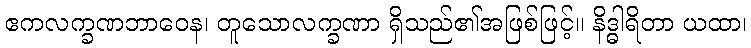
ဧကလက္ခဏဘာဝေန၊ တူသောလက္ခဏာ ရှိသည်၏အဖြစ်ဖြင့်။ နိဒ္ဓါရိတာ ယထာ၊